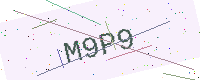
Text: M9P9